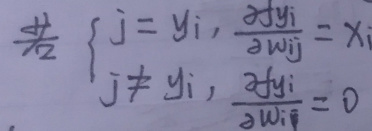
若
\begin{cases}
$j = y_i, & \frac{\partial y_i}{\partial w_{ij}} = x_i $\\
$j \neq y_i, & \frac{\partial y_i}{\partial w_{ij}} = 0$\\
\end{cases}